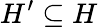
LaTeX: H^{\prime}\subseteq H